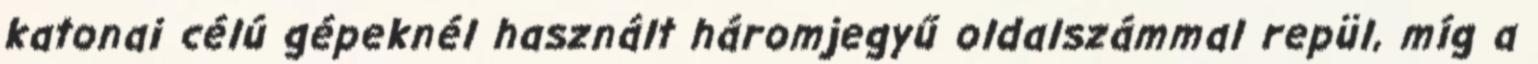
katonai célú gépeknél használt háromjegyű oldalszámmal repül, míg a